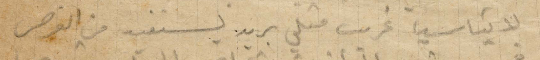
لا تناسب غريب متلي يريد لنفسه من الفرص